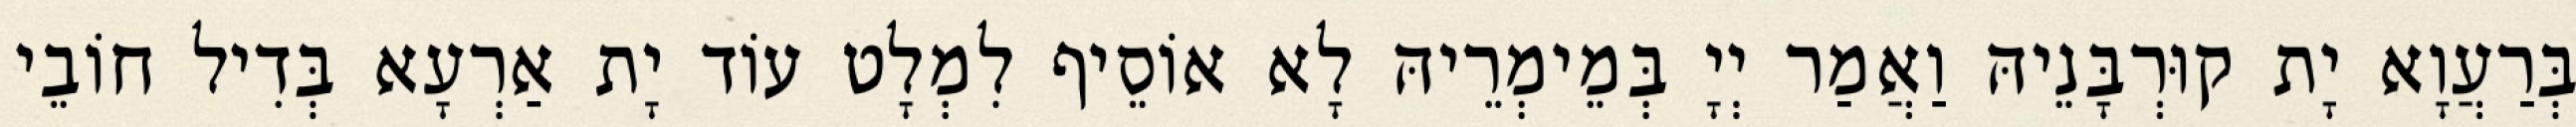
בְּרַעֲוָא יָת קוּרְבָּנֵיהּ וַאֲמַר יְיָ בְּמֵימְרֵיהּ לָא אוֹסֵיף לִמְלָט עוֹד יָת אַרְעָא בְּדִיל חוֹבֵי